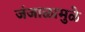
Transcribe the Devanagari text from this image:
जंजाळामुळे